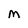
Character: M